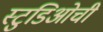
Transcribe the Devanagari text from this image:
स्टुडिओची